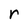
Character: r